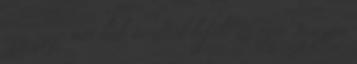
egy szép női láb térdtől lefelé is szép Igazán